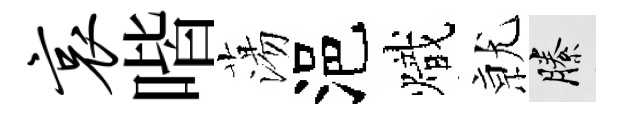
哀喈蕩浥熾𭕒縢